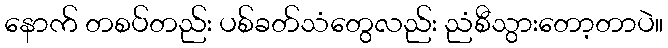
နောက် တစပ်တည်း ပစ်ခတ်သံတွေလည်း ညံစီသွားတော့တာပဲ။